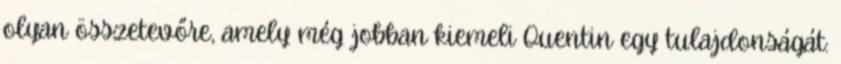
olyan összetevőre, amely még jobban kiemeli Quentin egy tulajdonságát: